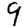
Digit: 9